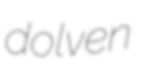
dolven